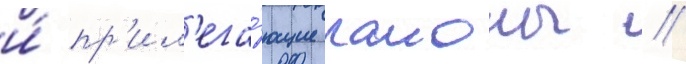
и́ пр'ил'ега́ющие раионы //